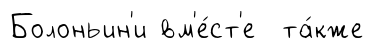
Болоньин'и вм'е́ст'е та́кже